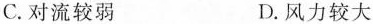
C.对流较弱 D.风力较大